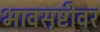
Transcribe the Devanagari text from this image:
भावसृष्टीवर